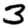
Digit: 3